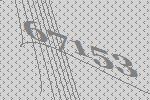
67153